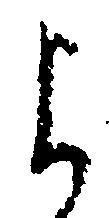
よ